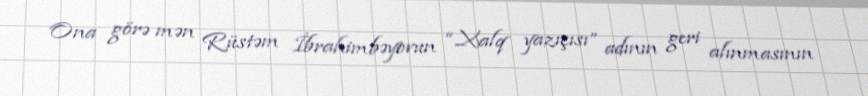
Ona görə mən Rüstəm İbrahimbəyovun “Xalq yazıçısı” adının geri alınmasının